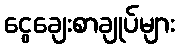
ငွေချေးစာချုပ်များ